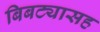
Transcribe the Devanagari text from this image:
बिबट्यासह